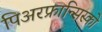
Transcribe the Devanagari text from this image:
पिअरफ्रान्सिस्को